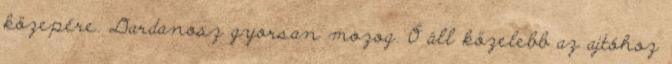
közepére. Dardanosz gyorsan mozog. Ő áll közelebb az ajtóhoz